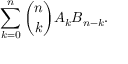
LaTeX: \sum _ { k = 0 } ^ { n } { \binom { n } { k } } A _ { k } B _ { n - k } .